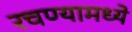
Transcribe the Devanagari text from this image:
रचण्यामध्ये